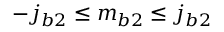
- j _ { b 2 } \leq m _ { b 2 } \leq j _ { b 2 }